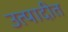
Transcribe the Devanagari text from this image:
उत्पादीत